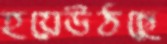
হয়েউঠছে